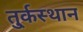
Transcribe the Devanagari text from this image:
तु्र्कस्थान